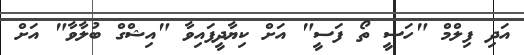
އަދި ފިލްމް "ހަސީ ތޯ ފަސީ" އަށް ކިޔާދީފައިވާ "އިޝްގް ބުލާވާ" އަށް